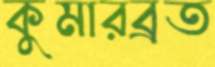
কুমারব্রত